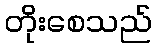
တိုးစေသည်